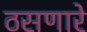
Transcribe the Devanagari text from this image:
ठसणारे